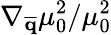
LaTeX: \nabla_{\overline{{\mathbf{q}}}}\mu_{0}^{2}/\mu_{0}^{2}